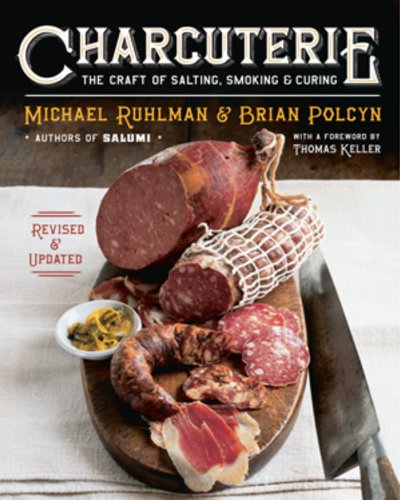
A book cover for Charcuterie: The Craft of Salting, Smoking, and Curing (Revised and Updated); Michael Ruhlman; Cookbooks, Food & Wine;